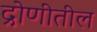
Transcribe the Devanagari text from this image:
द्रोणीतील